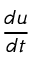
\frac { d u } { d t }